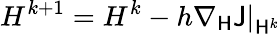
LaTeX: H^{k+1}=H^{k}-h\left.\nabla_{\mathsf{H}}\mathsf{J}\right|_{\mathsf{H}^{k}}